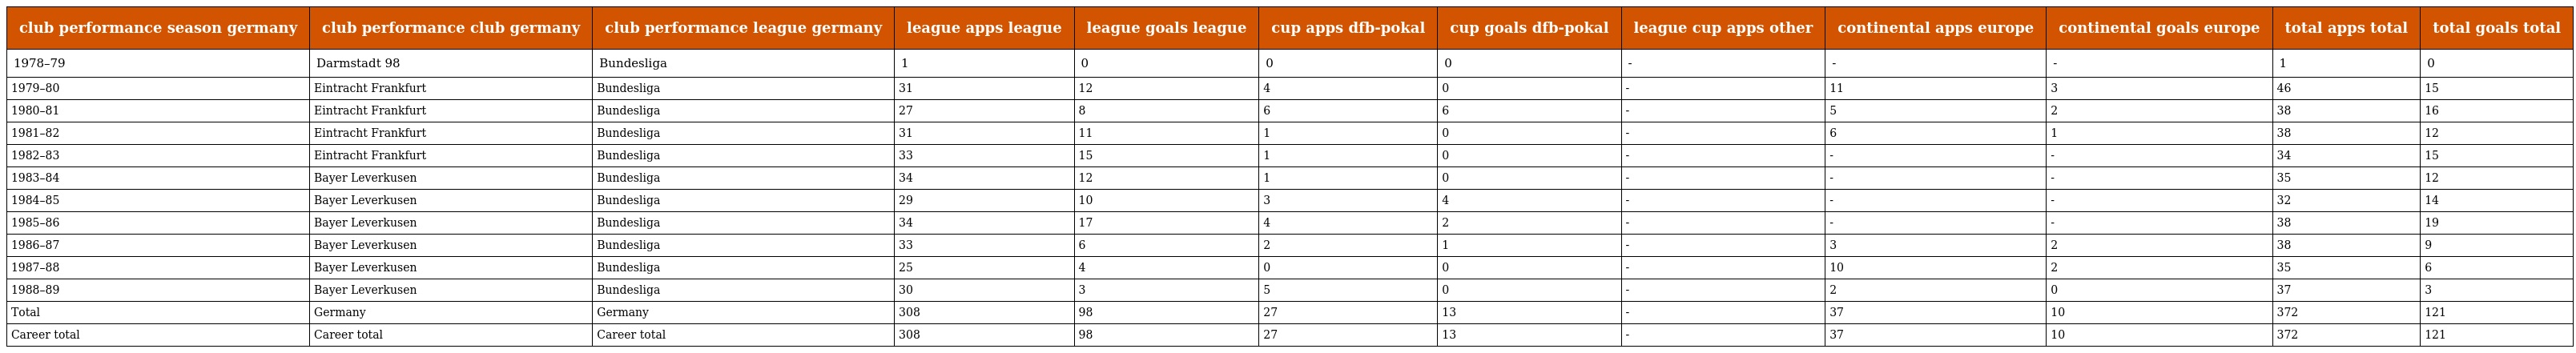
| club performance season germany | club performance club germany | club performance league germany | league apps league | league goals league | cup apps dfb-pokal | cup goals dfb-pokal | league cup apps other | continental apps europe | continental goals europe | total apps total | total goals total |
 | --- | --- | --- | --- | --- | --- | --- | --- | --- | --- | --- | --- |
 | 1978–79 | Darmstadt 98 | Bundesliga | 1 | 0 | 0 | 0 | - | - | - | 1 | 0 |
 | 1979–80 | Eintracht Frankfurt | Bundesliga | 31 | 12 | 4 | 0 | - | 11 | 3 | 46 | 15 |
 | 1980–81 | Eintracht Frankfurt | Bundesliga | 27 | 8 | 6 | 6 | - | 5 | 2 | 38 | 16 |
 | 1981–82 | Eintracht Frankfurt | Bundesliga | 31 | 11 | 1 | 0 | - | 6 | 1 | 38 | 12 |
 | 1982–83 | Eintracht Frankfurt | Bundesliga | 33 | 15 | 1 | 0 | - | - | - | 34 | 15 |
 | 1983–84 | Bayer Leverkusen | Bundesliga | 34 | 12 | 1 | 0 | - | - | - | 35 | 12 |
 | 1984–85 | Bayer Leverkusen | Bundesliga | 29 | 10 | 3 | 4 | - | - | - | 32 | 14 |
 | 1985–86 | Bayer Leverkusen | Bundesliga | 34 | 17 | 4 | 2 | - | - | - | 38 | 19 |
 | 1986–87 | Bayer Leverkusen | Bundesliga | 33 | 6 | 2 | 1 | - | 3 | 2 | 38 | 9 |
 | 1987–88 | Bayer Leverkusen | Bundesliga | 25 | 4 | 0 | 0 | - | 10 | 2 | 35 | 6 |
 | 1988–89 | Bayer Leverkusen | Bundesliga | 30 | 3 | 5 | 0 | - | 2 | 0 | 37 | 3 |
 | Total | Germany | Germany | 308 | 98 | 27 | 13 | - | 37 | 10 | 372 | 121 |
 | Career total | Career total | Career total | 308 | 98 | 27 | 13 | - | 37 | 10 | 372 | 121 |